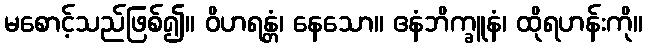
မစောင့်သည်ဖြစ်၍။ ဝိဟရန္တံ၊ နေသော။ ဧနံဘိက္ခူနံ၊ ထိုရဟန်းကို။